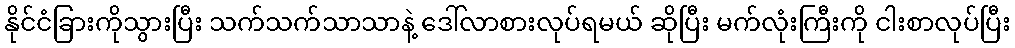
နိုင်ငံခြားကိုသွားပြီး သက်သက်သာသာနဲ့ ဒေါ်လာစားလုပ်ရမယ် ဆိုပြီး မက်လုံးကြီးကို ငါးစာလုပ်ပြီး